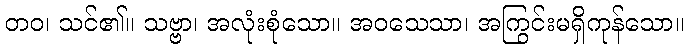
တဝ၊ သင်၏။ သဗ္ဗာ၊ အလုံးစုံသော။ အဝသေသာ၊ အကြွင်းမရှိကုန်သော။